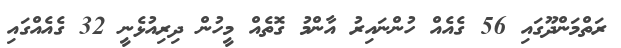
ރަތްމަންދޫގައި 56 ގެއެއް ހުންނައިރު އާންމު ގޮތެއް މީހުން ދިރިއުޅެނީ 32 ގެއެއްގައި